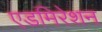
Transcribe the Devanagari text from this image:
एडमिरेशन